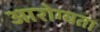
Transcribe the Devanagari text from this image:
आरोग्‍यता